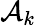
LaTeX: \mathcal{A}_{k}